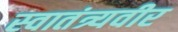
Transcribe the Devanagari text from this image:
स्‍वातंत्र्यवीर